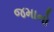
જમાનો